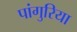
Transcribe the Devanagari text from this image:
पांगुरिया